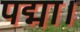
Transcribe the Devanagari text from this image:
पद्मा।